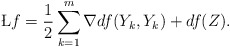
\begin{align*}\L f={1\over 2}\sum_{k=1}^m \nabla df(Y_k,Y_k)+df(Z).\end{align*}